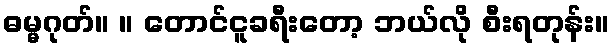
ဓမ္မဂုတ်။ ။ တောင်ငူခရီးတော့ ဘယ်လို စီးရတုန်း။